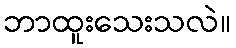
ဘာထူးသေးသလဲ။